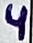
Text: 4